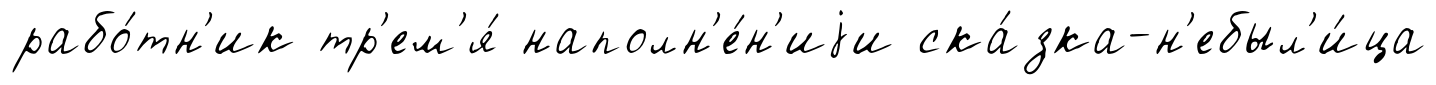
рабо́тн'ик тр'ем'я́ наполн'е́н'иjи ска́зка-н'ебыл'и́ца